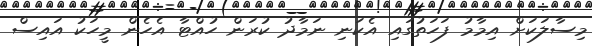
މިސާލަކަށް އިމާމު ފަހަތުގައި އެކަނި ނަމާދު ކުރަން ހުއްޓާ އެހެން މީހަކު އައިސް